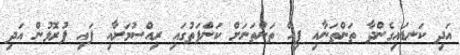
އަދި ކަނޑައިގެންދާ ތަންތަނާއި ފިހޭ ތަންތަނަށް ކަންފަތުގައި ރިއްސުމަށާއި ފައި ފުރޮޅުން އަދި